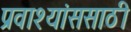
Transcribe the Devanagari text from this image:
प्रवाश्यांससाठी